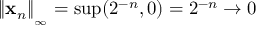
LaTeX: \left\Vert \mathbf { x } _ { n } \right\Vert _ { _ { \infty } } = \operatorname* { s u p } ( 2 ^ { - n } , 0 ) = 2 ^ { - n } \rightarrow 0